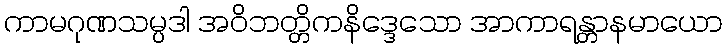
ကာမဂုဏသမ္ပဒါ အဝိဘတ္တိကနိဒ္ဒေသော အာကာရန္တာနမာယော